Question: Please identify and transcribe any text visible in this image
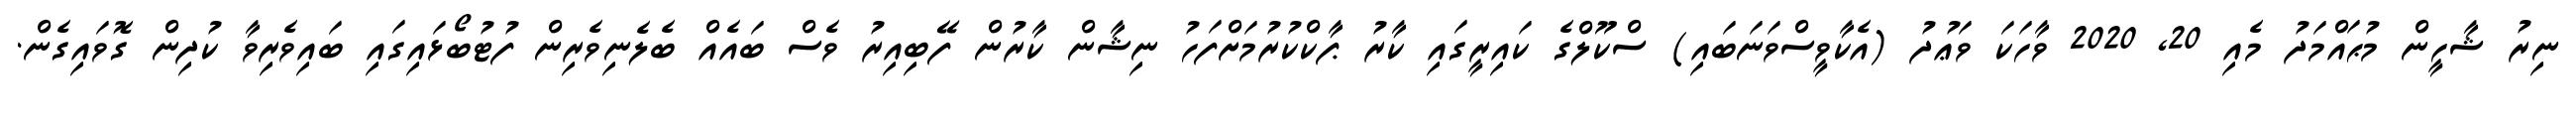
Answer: ނިރު ޝާހީން މުޙައްމަދު މެއި 20, 2020 ވާހަކަ ވަޢުދު (އެކާވީސްވަނަބައި) ސްކޫލްގެ ކައިރީގައި ކާރު ޕާކްކުރުމަށްފަހު ނިޝާން ކާރުން ފޭބިއިރު ވެސް ބައެއް ބެލެނިވެރިން ފުޓުބޯޅައިގައި ބައިވެރިވާ ކުދިން ގޮވައިގެން.